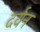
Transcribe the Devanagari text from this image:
दर्यन